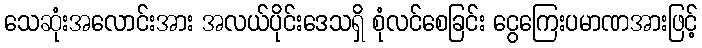
သေဆုံးအလောင်းအား အလယ်ပိုင်းဒေသရှိ စုံလင်စေခြင်း ငွေကြေးပမာဏအားဖြင့်